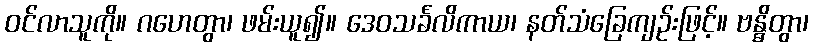
ဝင်လာသူကို။ ဂဟေတွာ၊ ဖမ်းယူ၍။ ဒေဝသင်္ခလိကာယ၊ နတ်သံခြေကျဉ်းဖြင့်။ ဗန္ဓိတွာ၊